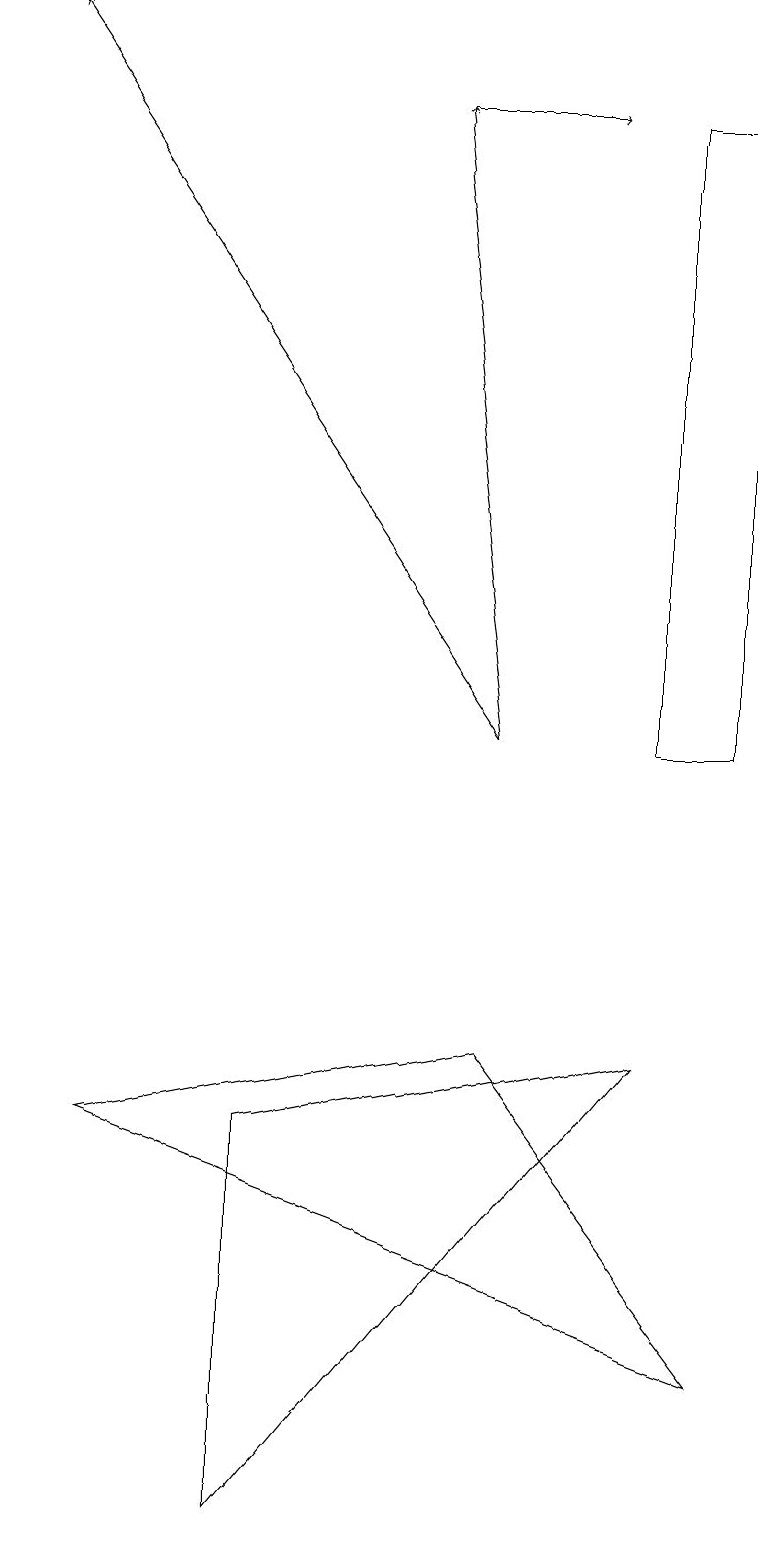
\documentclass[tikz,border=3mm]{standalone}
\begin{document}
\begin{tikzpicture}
\draw[->] (6,10) -- (0,19);
\draw (9,10) rectangle (8,18);
\draw (8,6) -- (3,0) -- (3,5) -- cycle;
\draw[->] (5,18) -- (7,18);
\draw (1,5) -- (9,2) -- (6,6) -- cycle;
\draw[->] (6,10) -- (5,18);
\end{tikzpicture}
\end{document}